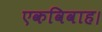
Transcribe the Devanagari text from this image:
एकविवाह।